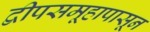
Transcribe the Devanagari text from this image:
द्वीपसमूहापासून